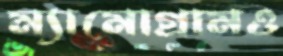
ম্যামোগ্রামও